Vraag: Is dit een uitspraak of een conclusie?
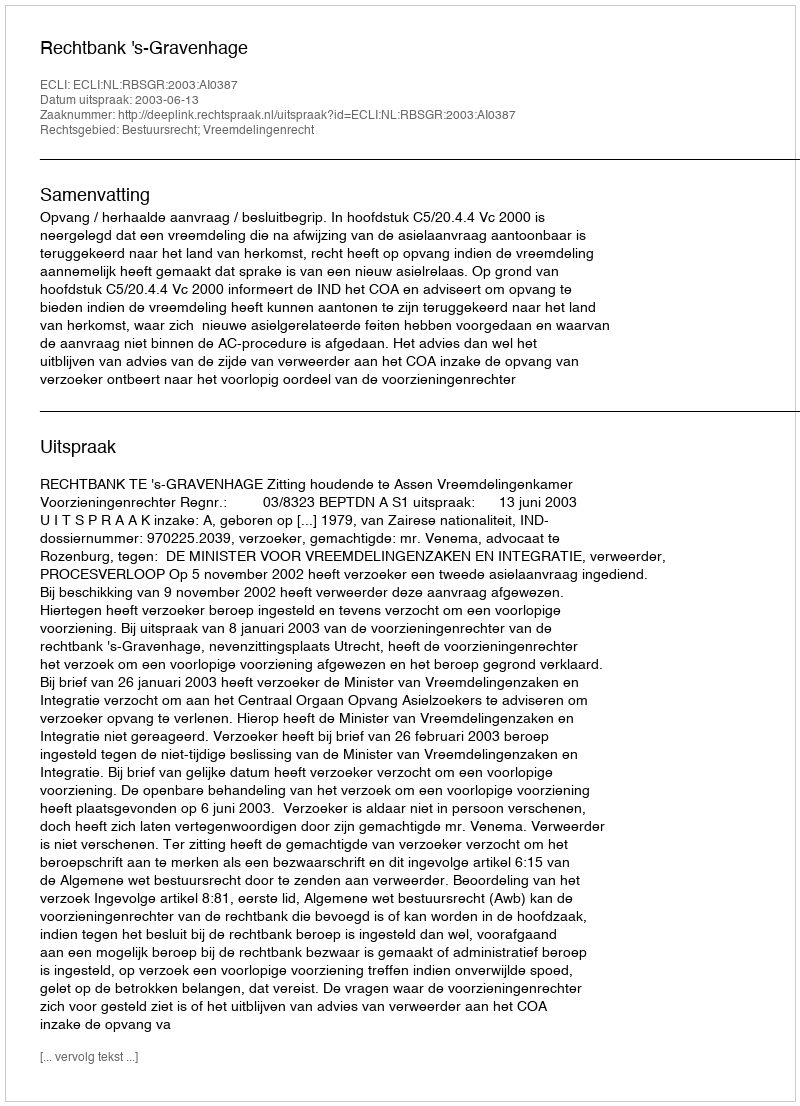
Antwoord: Uitspraak